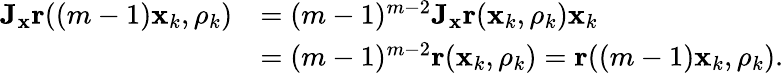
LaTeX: \begin{array}{rl}{\mathbf{J}_{\mathbf{x}}\mathbf{r}((m-1)\mathbf{x}_{k},\rho_{k})}&{=(m-1)^{m-2}\mathbf{J}_{\mathbf{x}}\mathbf{r}(\mathbf{x}_{k},\rho_{k})\mathbf{x}_{k}}\\ &{=(m-1)^{m-2}\mathbf{r}(\mathbf{x}_{k},\rho_{k})=\mathbf{r}((m-1)\mathbf{x}_{k},\rho_{k}).}\end{array}